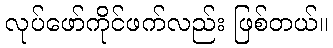
လုပ်ဖော်ကိုင်ဖက်လည်း ဖြစ်တယ်။